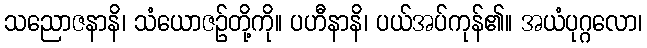
သညောဇနာနိ၊ သံယောဇဉ်တို့ကို။ ပဟီနာနိ၊ ပယ်အပ်ကုန်၏။ အယံပုဂ္ဂလော၊